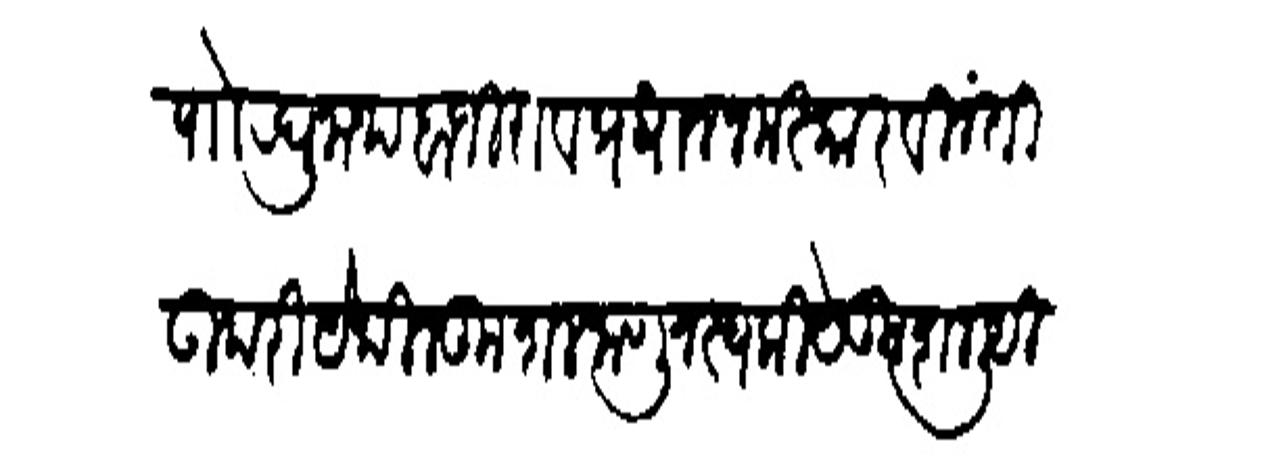
Transliteration (Devanagari): पोा रघुनाथ बाजीराव प्रधान नमस्कार विनंती उपरि येथील कुशल जाणून स्वकीये कुशल लिहित